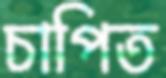
চাপিত